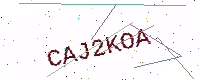
Text: CAJ2KOA